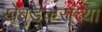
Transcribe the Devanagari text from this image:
खेबुडकरांच्या